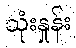
သုံးနှုန်း